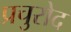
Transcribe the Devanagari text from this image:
प्रचुरोद